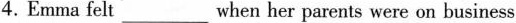
4.Emma felt_when her parents were on business